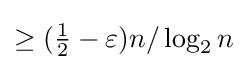
\geq ({\tfrac {1}{2}}-\varepsilon )n/\log _{2}n